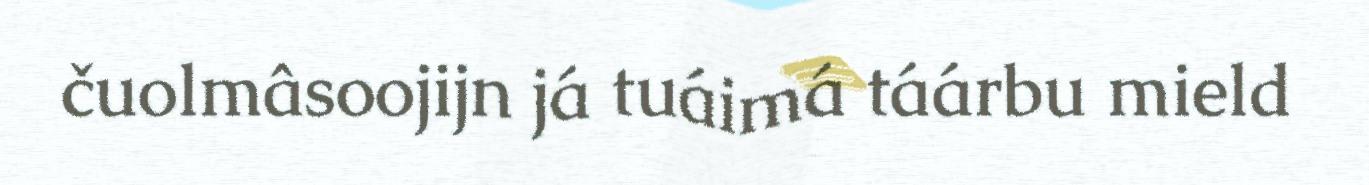
čuolmâsoojijn já tuáimá táárbu mield